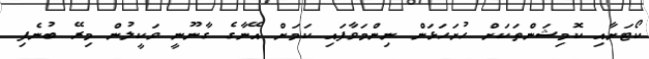
ކޯޓަށާއި ކޮމިޝަންތަކަށް ހުށަހަޅަން ނިންމަވާފައި ކަމަށް އޭނާގެ ގާނޫނީ ވަކީލުން މިރޭ ބުނެފި